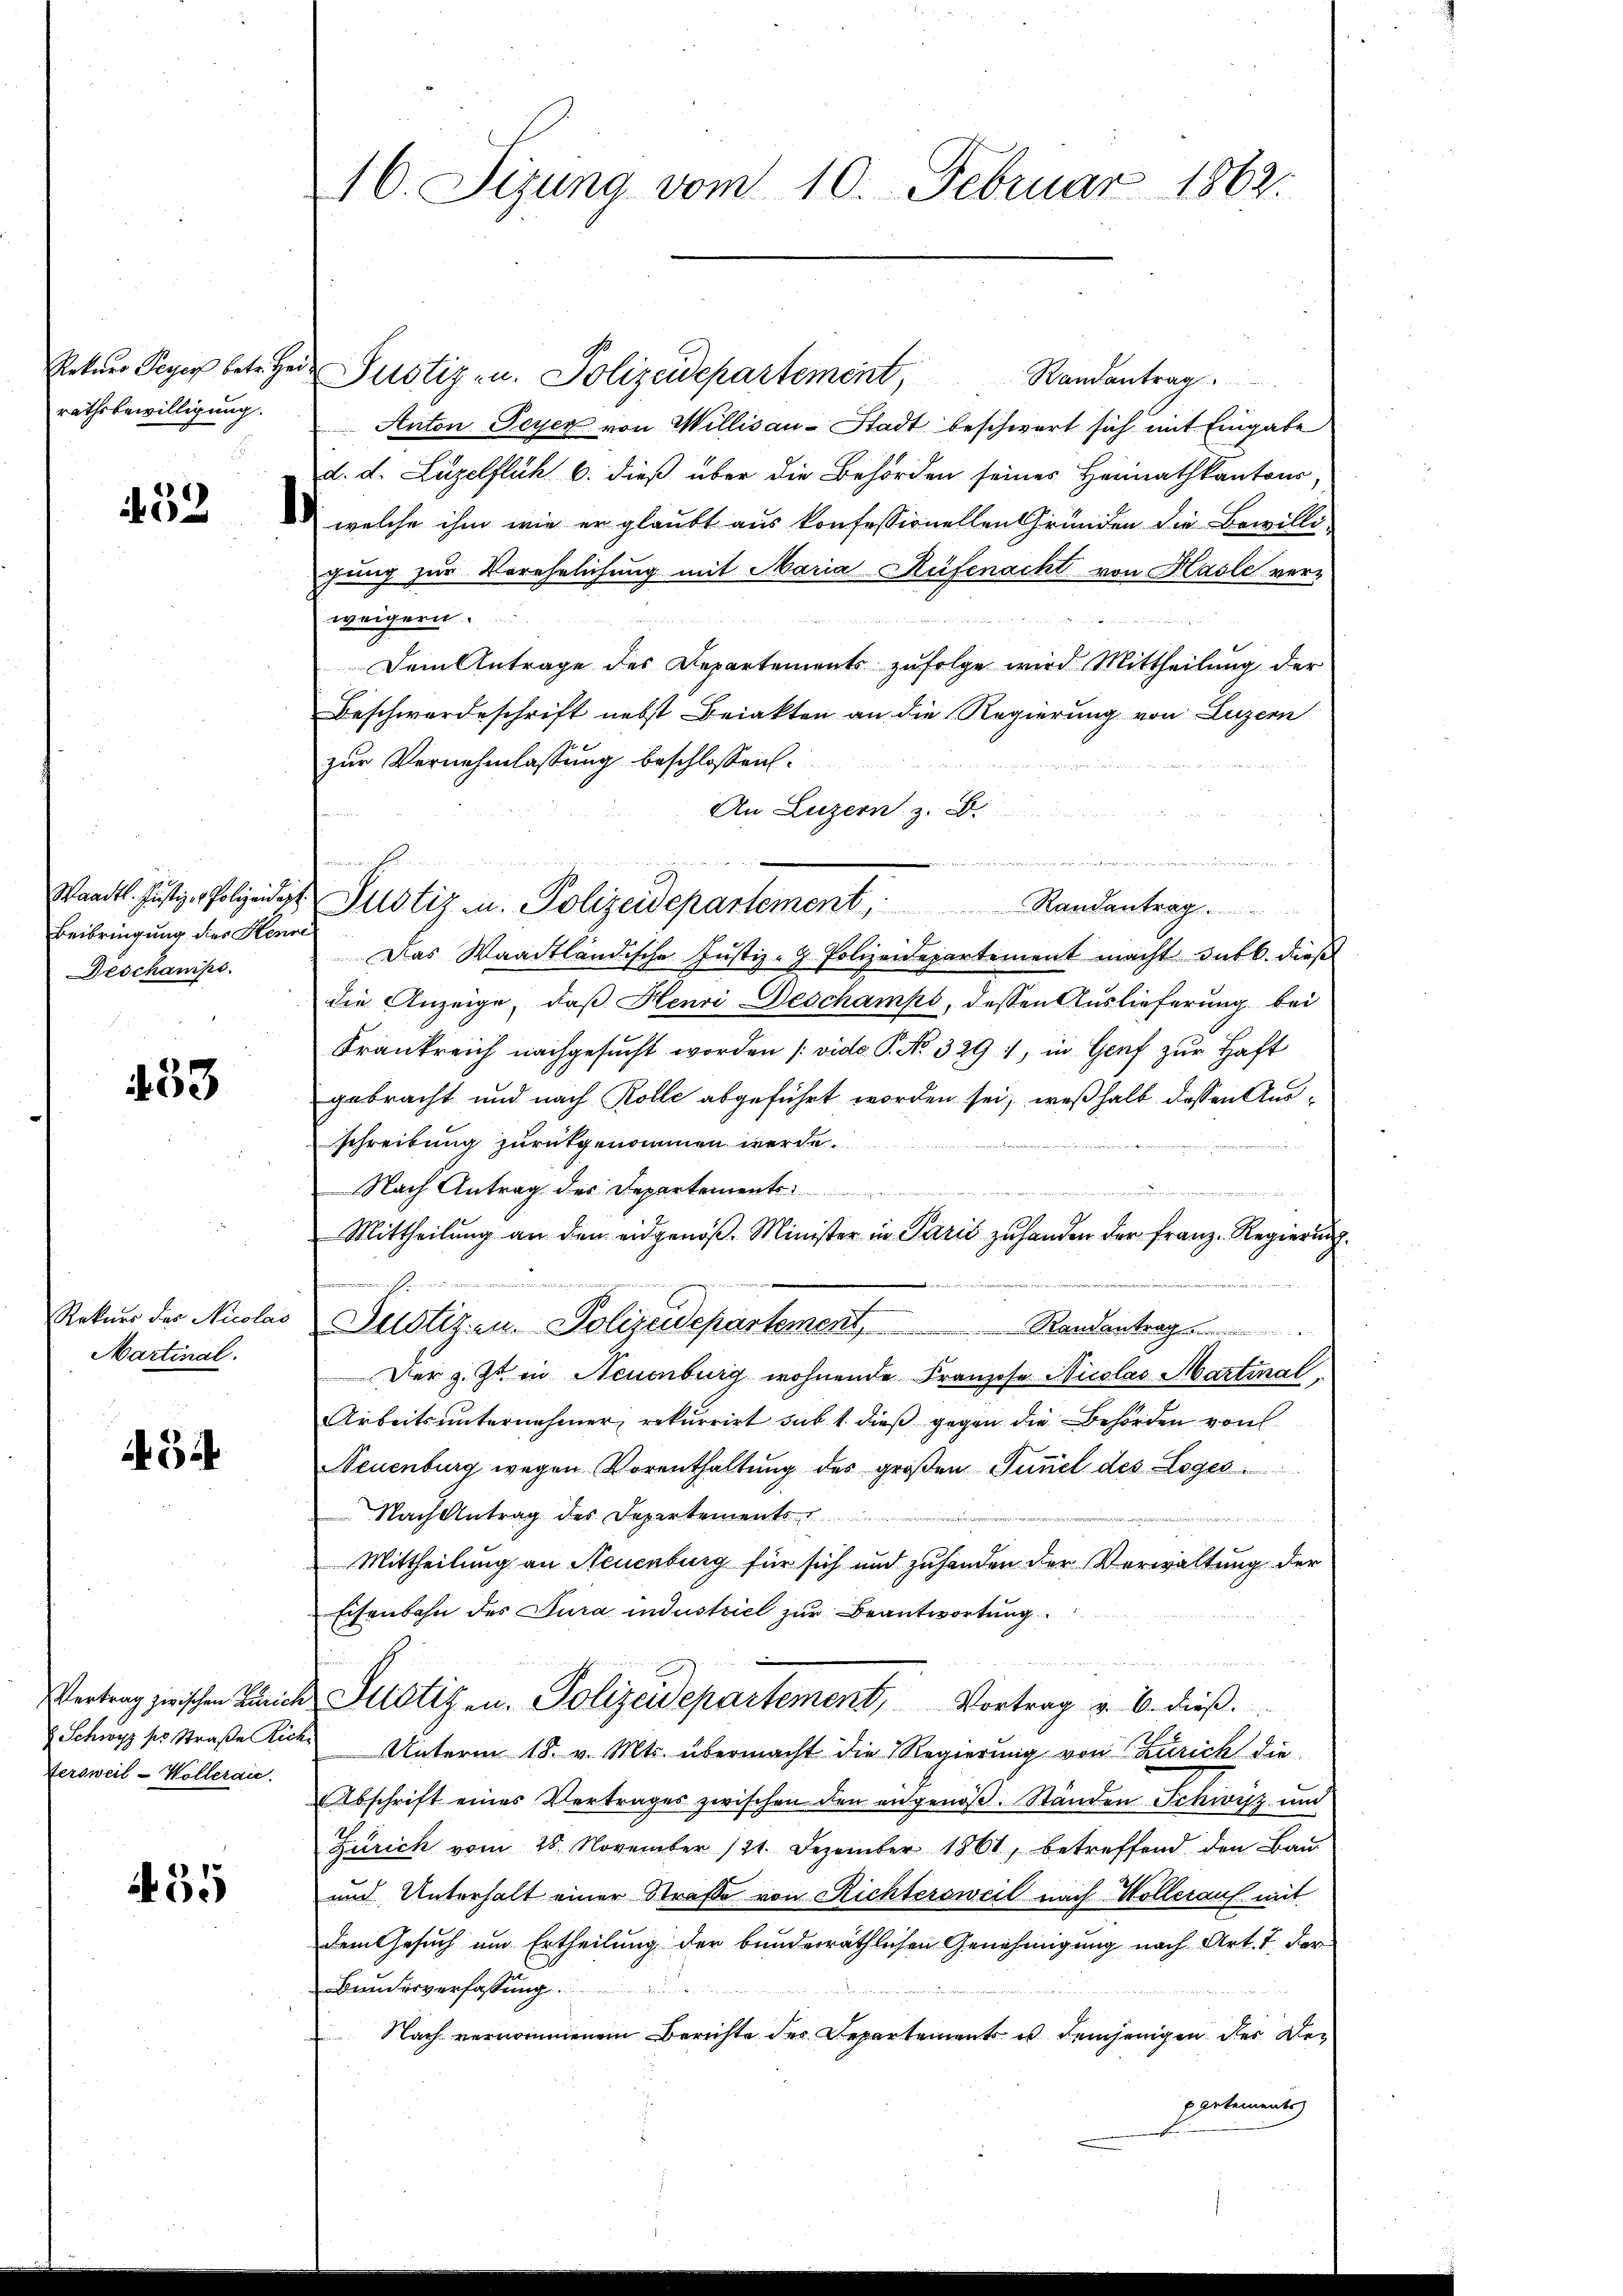
Rekurs Peyer betr. He
rathsbewilligung.
s

53

Beibringung des Henne
Deschaniks

433

Rekurs der Nicolas
Martinal.

5.

455

Vertrag zwischen Zürich
 Schwyz pr. Straße Lich
Tersweil-Wollerai

16. Sizung vom 10. Februar 1862.

u Justiz- u. Polizeidepartement,
Randantrag
Anton Feyer von Willisau-Stadt beschwert sich mit Eingabe
d. d. Luzelfluh b. dieß über die Behörden seines Heimathkantons,
welche ihm wie er glaubt aus konfessionellen Gründen die Bewilli
gung zur Verehelichung mit Maria Rüfenacht von Hasle ver-
weigern.

Dem Antrage des Departements zufolge wird Mittheilung der
Beschwerdeschrift nebst Briakten an die Regierung von Luzern
zur Vernehmlassung beschlossen:
An Luzern, z. B.
n
Wandl. Justiz, Polizeider Justiz u. Polizeidepartement, Randantrag
Das Waadtländische Justiz-G. Polizeidepartement macht gutb. dieß
die Anzeige, daß Henri Beschamps, dessen Auslieferung bei
Frankreich nachgesucht worden (vide P. No. 3291, in Genf zur Haft
gebracht und nach Kolle abgeführt worden sei, weßhalb dessen Ausschreibung zurükgenommen werde.
e
Nach Antrag des Departements
n
Mittheilung an den eidgenöß. Minister in Parić zuhanden der Franz-Regierung.
Justiz u. Polizeidepartement.
Randantrag
Der z. Zt. in Neuenburg wohnende Franzose Nicolas Martinal
Arbeitsunternehmer rekurrirt sub 1. dieß gegen die Behörden von
Neuenburg wegen Vorenthaltung des großen Funct des Logel
Nach Antrag des Departements
 unter den die
Mittheilung an Neuenburg für sich und zuhanden der Verwaltung der
Eisenbahn des Jura industriel zur Beantwortung

d Justiz in Polizeidepartement, Vortrag v. 6. dieß.
Unterm 18. v. Mts. übermacht die Regierung von Zürich die
Abschrift eines Vertrages zwischen den angenoß. Ständen Schwyz und
Zürich vom 28. November 121. Dezember 1861, betreffend den Bau-
und Unterhalt einer Straße von Richtersweil nach Hollerauf mit
dem Gesuch um Ertheilung der bunderräthlichen Genehmigung nach Art. 7 der
Bundesverfassung
Nach vernommenem Berichte des Departements in demjenigen der Departements